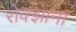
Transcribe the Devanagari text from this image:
रोक्झाना